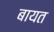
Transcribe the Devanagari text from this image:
बायत